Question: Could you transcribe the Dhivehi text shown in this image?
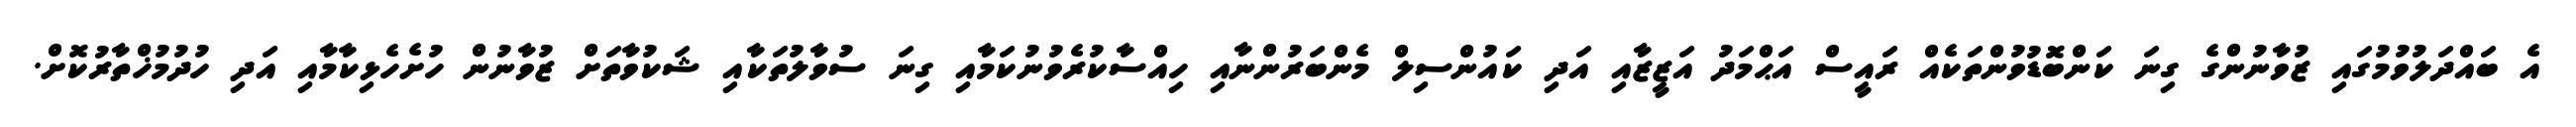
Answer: އެ ބައްދަލުވުމުގައި ޒުވާނުންގެ ގިނަ ކަންބޮޑުވުންތަކެއް ރައީސް އަޙްމަދު އަޒީޒާއި އަދި ކައުންސިލް މެންބަރުންނާއި ހިއްސާކުރެވުނުކަމާއި ގިނަ ސުވާލުތަކާއި ޝަކުވާތަށް ޒުވާނުން ހުށެހެޅިކާމާއި އަދި ހުދުމުޚްތާރުކޮށް.